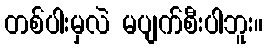
တစ်ပါးမှလဲ မပျက်စီးပါဘူး။